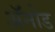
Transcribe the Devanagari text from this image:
अॅनोड